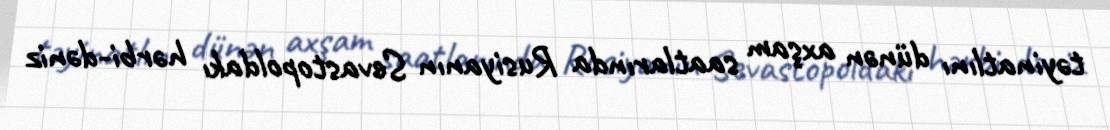
təyinatlını dünən axşam saatlarında Rusiyanın Sevastopoldakı hərbi-dəniz